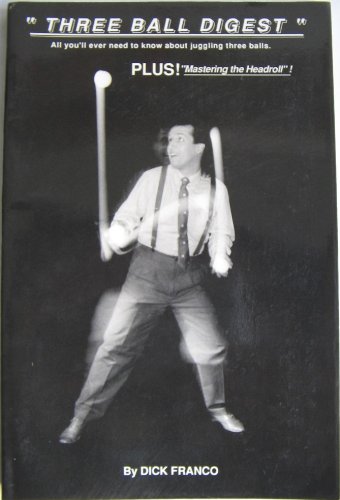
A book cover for Three Ball Digest: All You'll Ever Need to Know About Juggling Three Balls Plus Mastering the Headroll; Dick Franco; Sports & Outdoors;